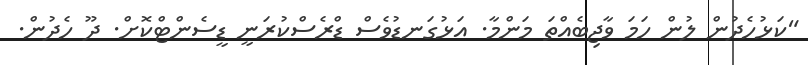
"ކަޅުހެދުން ލުން ހަމަ ވާޖިބެއްތަ މަންމާ. އަޅުގަނޑުވެސް ޑްރެސްކުރަނީ ޑީސެންޓްކޮށް. ދޫ ހެދުން.